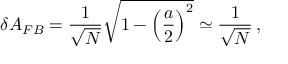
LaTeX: \delta A _ { F B } = \frac { 1 } { \sqrt { N } } \sqrt { 1 - \left( \frac { a } { 2 } \right) ^ { 2 } } \simeq \frac { 1 } { \sqrt { N } } \, ,